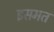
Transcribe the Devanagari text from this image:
इसमत